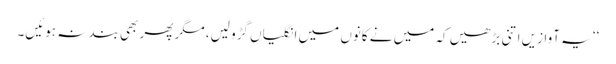
‘‘ یہ آوازیں اتنی بڑھیں کہ میں نے کانوں میں انگلیاں گڑو لیں، مگر پھر بھی بند نہ ہوئیں۔